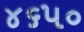
૪૬૫૦